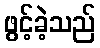
ဖွင့်ခဲ့သည်